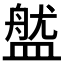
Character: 𥂏